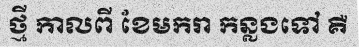
ថ្មី កាលពី ខែមករា កន្លងទៅ គឺ